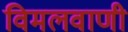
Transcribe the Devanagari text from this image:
विमलवाणी